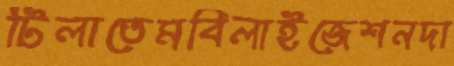
টিলাতেমবিলাইজেশনদা